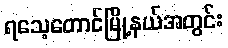
ရသေ့တောင်မြို့နယ်အတွင်း